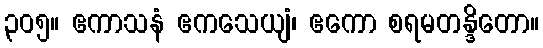
၃၀၅။ ဧကာသနံ ဧကသေယျံ၊ ဧကော စရမတန္ဒိတော။